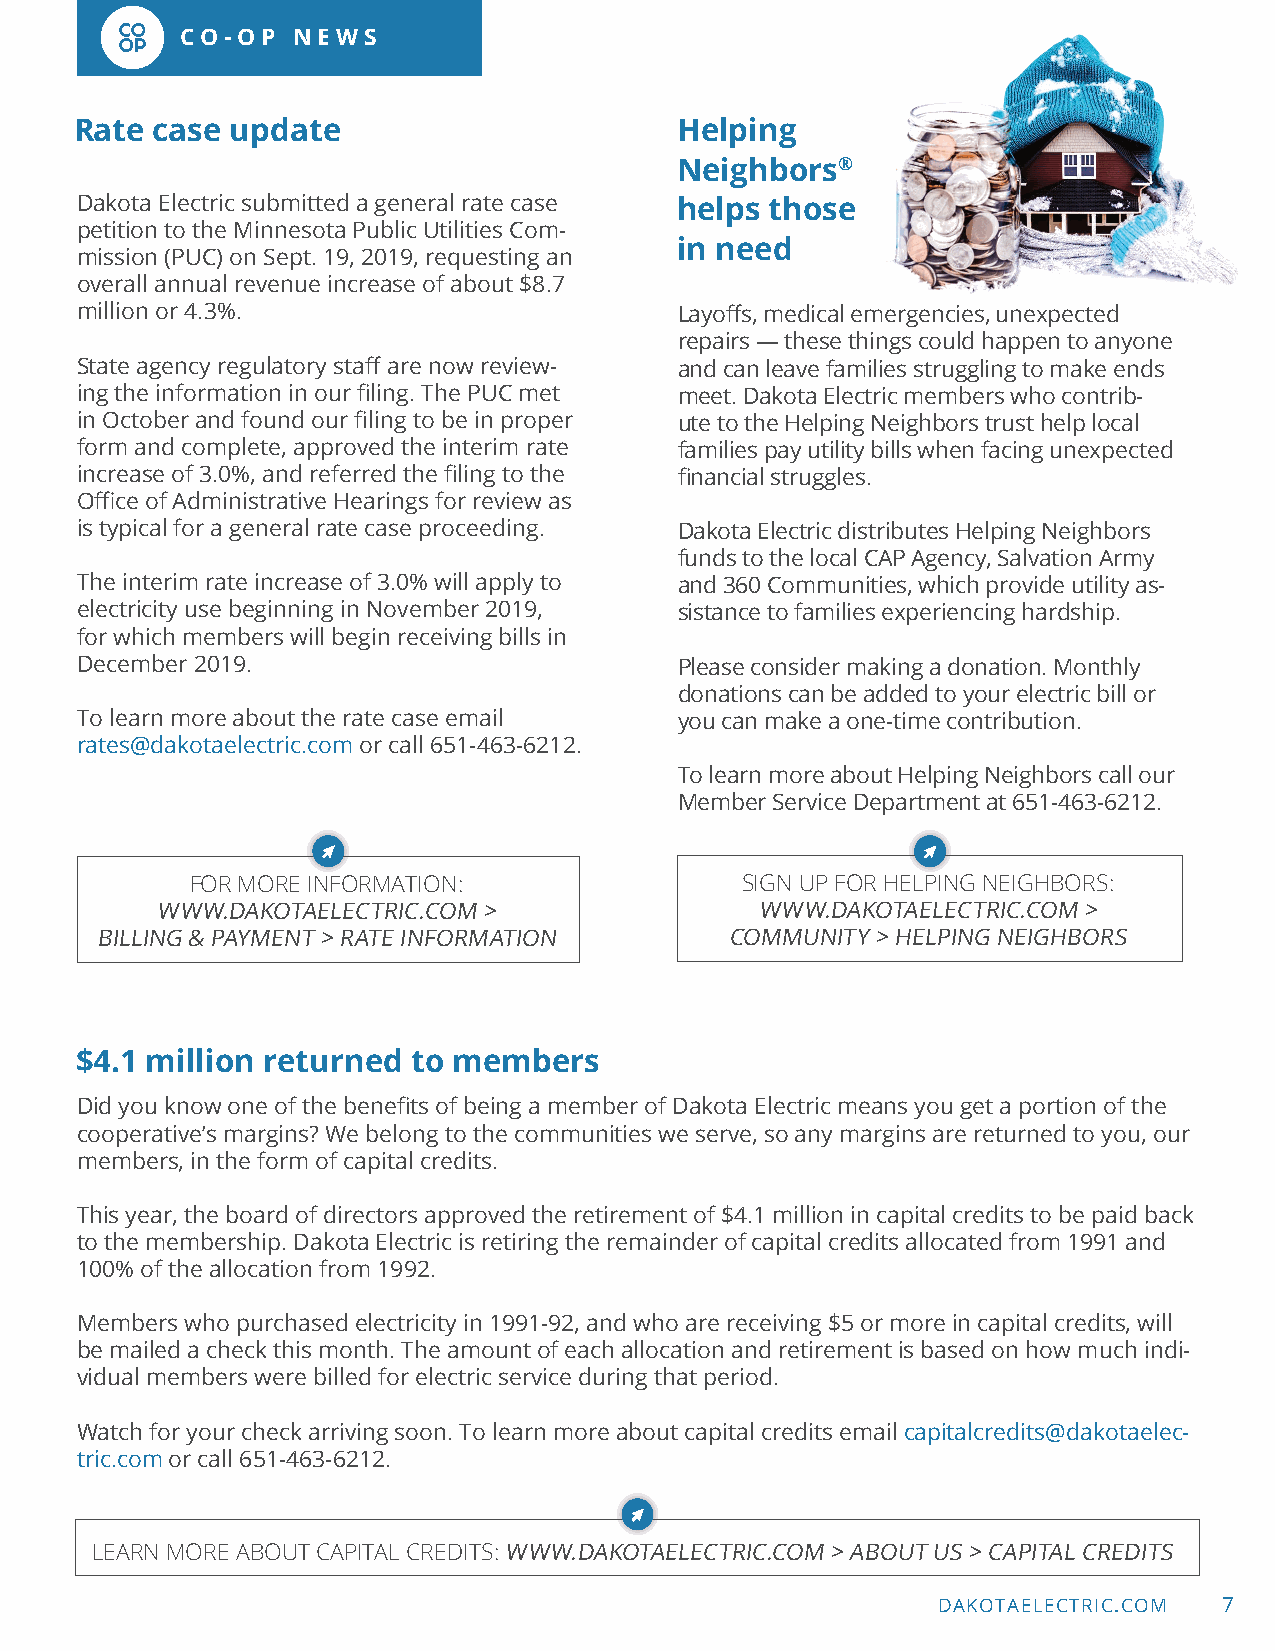
CO-OP  NEWS
 Rate case update                        Helping
 Neighbors®
 Dakota Electric submitted a general rate case helps those
 petition to the Minnesota Public Utilities Com-
 in need
 mission (PUC) on Sept. 19, 2019, requesting an
 overall annual revenue increase of about $8.7
 million or 4.3%.                        Layoffs, medical emergencies, unexpected
 repairs — these things could happen to anyone
 State agency regulatory staff are now review- and can leave families struggling to make ends
 ing the information in our filing. The PUC met meet. Dakota Electric members who contrib-
 in October and found our filing to be in proper ute to the Helping Neighbors trust help local
 form and complete, approved the interim rate families pay utility bills when facing unexpected
 increase of 3.0%, and referred the filing to the financial struggles.
 Office of Administrative Hearings for review as
 is typical for a general rate case proceeding. Dakota Electric distributes Helping Neighbors
 funds to the local CAP Agency, Salvation Army
 The interim rate increase of 3.0% will apply to and 360 Communities, which provide utility as-
 electricity use beginning in November 2019, sistance to families experiencing hardship.
 for which members will begin receiving bills in
 December 2019.                          Please consider making a donation. Monthly
 donations can be added to your electric bill or
 To learn more about the rate case email you can make a one-time contribution.
 rates@dakotaelectric.com or call 651-463-6212.
 To learn more about Helping Neighbors call our
 Member Service Department at 651-463-6212.
 FOR MORE INFORMATION:               SIGN UP FOR HELPING NEIGHBORS:
 WWW.DAKOTAELECTRIC.COM >                WWW.DAKOTAELECTRIC.COM >
 BILLING & PAYMENT > RATE INFORMATION      COMMUNITY > HELPING NEIGHBORS
 $4.1 million returned to members
 Did you know one of the benefits of being a member of Dakota Electric means you get a portion of the
 cooperative’s margins? We belong to the communities we serve, so any margins are returned to you, our
 members, in the form of capital credits.
 This year, the board of directors approved the retirement of $4.1 million in capital credits to be paid back
 to the membership. Dakota Electric is retiring the remainder of capital credits allocated from 1991 and
 100% of the allocation from 1992.
 Members who purchased electricity in 1991-92, and who are receiving $5 or more in capital credits, will
 be mailed a check this month. The amount of each allocation and retirement is based on how much indi-
 vidual members were billed for electric service during that period.
 Watch for your check arriving soon. To learn more about capital credits email capitalcredits@dakotaelec-
 tric.com or call 651-463-6212.
 LEARN MORE ABOUT CAPITAL CREDITS: WWW.DAKOTAELECTRIC.COM > ABOUT US > CAPITAL CREDITS
 DAKOTAELECTRIC.COM 7